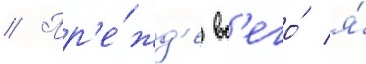
// Пр'е́жд'е вс'его́ я́